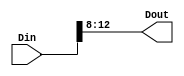
module RAT_slice_7_0_0
   (Din,
    Dout);
  input [17:0]Din;
  output [4:0]Dout;

  wire [17:0]Din;

  assign Dout[4:0] = Din[12:8];
endmodule